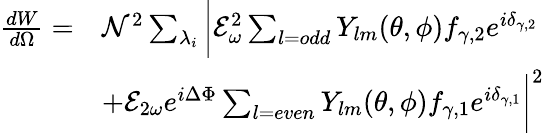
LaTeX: \begin{array}{rl}{\frac{dW}{d\Omega}=}&{\mathcal{N}^{2}\sum_{\lambda_{i}}\bigg|\mathcal{E}_{\omega}^{2}\sum_{l=odd}Y_{lm}(\theta,\phi)f_{\gamma,2}e^{i\delta_{\gamma,2}}}\\ &{+\mathcal{E}_{2\omega}e^{i\Delta\Phi}\sum_{l=even}Y_{lm}(\theta,\phi)f_{\gamma,1}e^{i\delta_{\gamma,1}}\bigg|^{2}}\end{array}